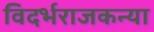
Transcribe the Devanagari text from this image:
विदर्भराजकन्या